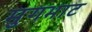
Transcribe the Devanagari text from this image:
मुगभाट